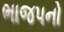
ભાજપનો